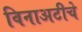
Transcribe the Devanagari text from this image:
विनाअटीचे